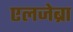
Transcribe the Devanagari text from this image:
एलजेब्रा